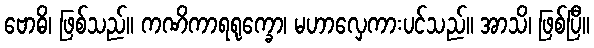
ဗောဓိ၊ ဖြစ်သည်။ ကဏိကာရရုက္ခော၊ မဟာလှေကားပင်သည်။ အာသိ၊ ဖြစ်ပြီ။